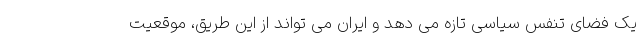
یک فضای تنفس سیاسی تازه می دهد و ایران می تواند از این طریق، موقعیت